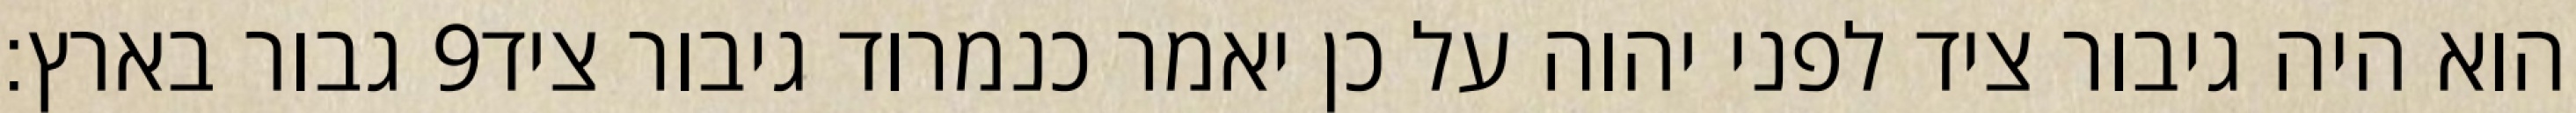
גבור בארץ׃ ‎9‏ הוא היה גיבור ציד לפני יהוה על כן יאמר כנמרוד גיבור ציד